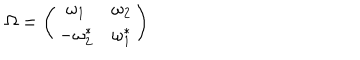
LaTeX: \Omega = \left( \begin{matrix} { { \omega _ { 1 } } } & { { \omega _ { 2 } } } \\ { { - \omega _ { 2 } ^ { * } } } & { { \omega _ { 1 } ^ { * } } } \\ \end{matrix} \right)